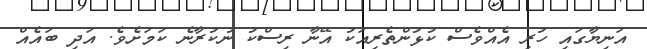
އަނިޔާގައި ހުރި އެއްވެސް ކުޅުންތެރިއަކު އޭނާ ރިސްކު ނުކުރާނެ ކަމަށެވެ. އަދި ބައެއް